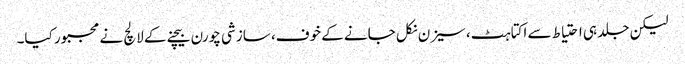
لیکن جلد ہی احتیاط سے اکتاہٹ، سیزن نکل جانے کے خوف، سازشی چورن بیچنے کے لالچ نے مجبور کیا۔